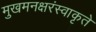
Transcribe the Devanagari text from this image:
मुखमनक्षरंस्वाकृते